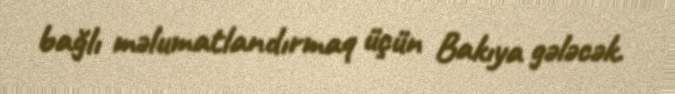
bağlı məlumatlandırmaq üçün Bakıya gələcək.